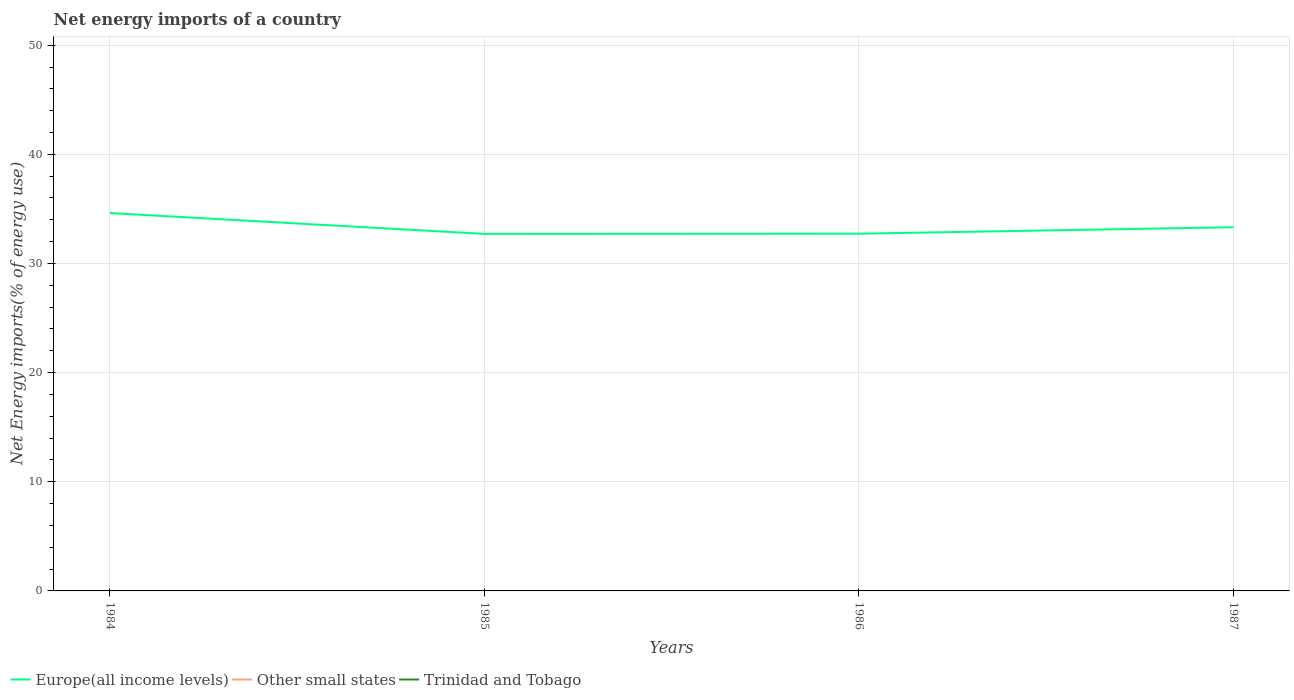
| Years | Europe(all income levels) | Other small states | Trinidad and Tobago |
 | --- | --- | --- | --- |
 | 1984 | 34.6 | -244 | -159 |
 | 1985 | 32.7 | -289 | -152 |
 | 1986 | 32.7 | -259 | -136 |
 | 1987 | 33.3 | -247 | -140 |